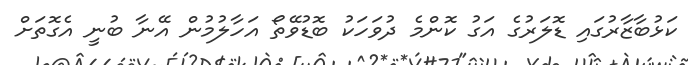
ކަޅުބާޒާރުގައި ޑޮލަރުގެ އަގު ކޮންމެ ދުވަހަކު ބޮޑުވޭތޯ އަހާލުމުން އޭނާ ބުނީ އެގޮތަށް